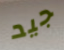
جيد